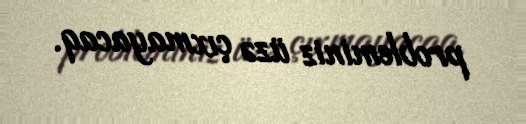
probleminiz üzə çıxmayacaq.